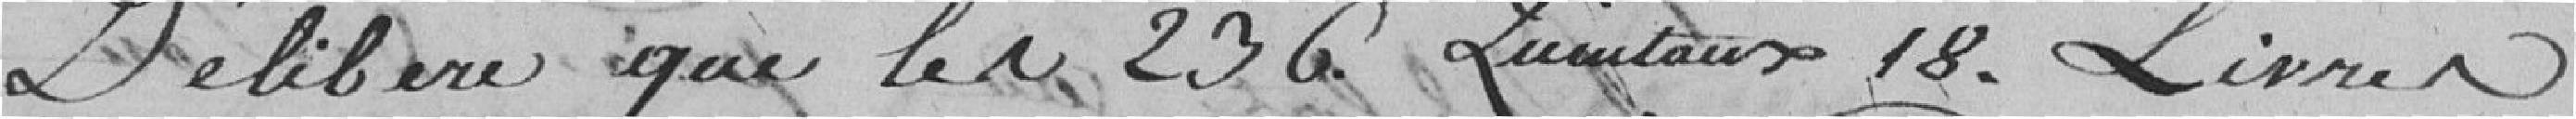
Délibère que les 263 Quintaux 18 Livres